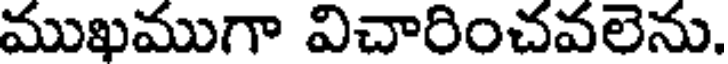
ముఖముగా విచారించవలెను.